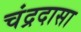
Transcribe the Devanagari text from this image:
चंद्रदासा